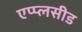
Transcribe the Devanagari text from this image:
एप्प्लसीड